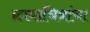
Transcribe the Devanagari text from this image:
छायाचित्रांचा